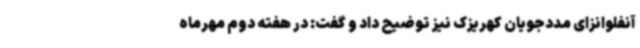
آنفلوانزای مددجویان کهریزک نیز توضیح داد و گفت: در هفته دوم مهرماه